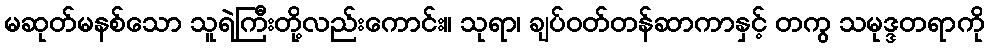
မဆုတ်မနစ်သော သူရဲကြီးတို့လည်းကောင်း။ သုရာ၊ ချပ်ဝတ်တန်ဆာကာနှင့် တကွ သမုဒ္ဒတရာကို